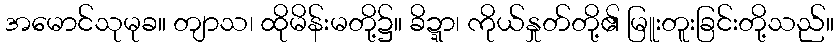
အမောင်သုမုခ။ တျာသ၊ ထိုမိန်းမတို့၌။ ခိဍ္ဍာ၊ ကိုယ်နှုတ်တို့၏ မြူးတူးခြင်းတို့သည်။